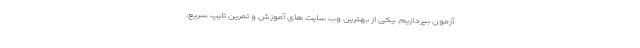
آزمون بپردازیم. یکی از بهترین وب سایت های آموزش و تمرین تایپ سریع،